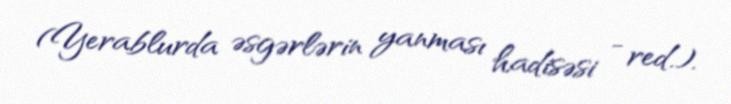
(Yerablurda əsgərlərin yanması hadisəsi - red.).